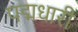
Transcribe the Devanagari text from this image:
पद्मधारी